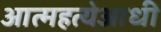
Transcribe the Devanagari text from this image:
आत्महत्येआधी